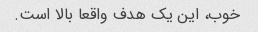
خوب، این یک هدف واقعا بالا است.